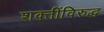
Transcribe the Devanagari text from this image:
शक्तींविरुद्ध